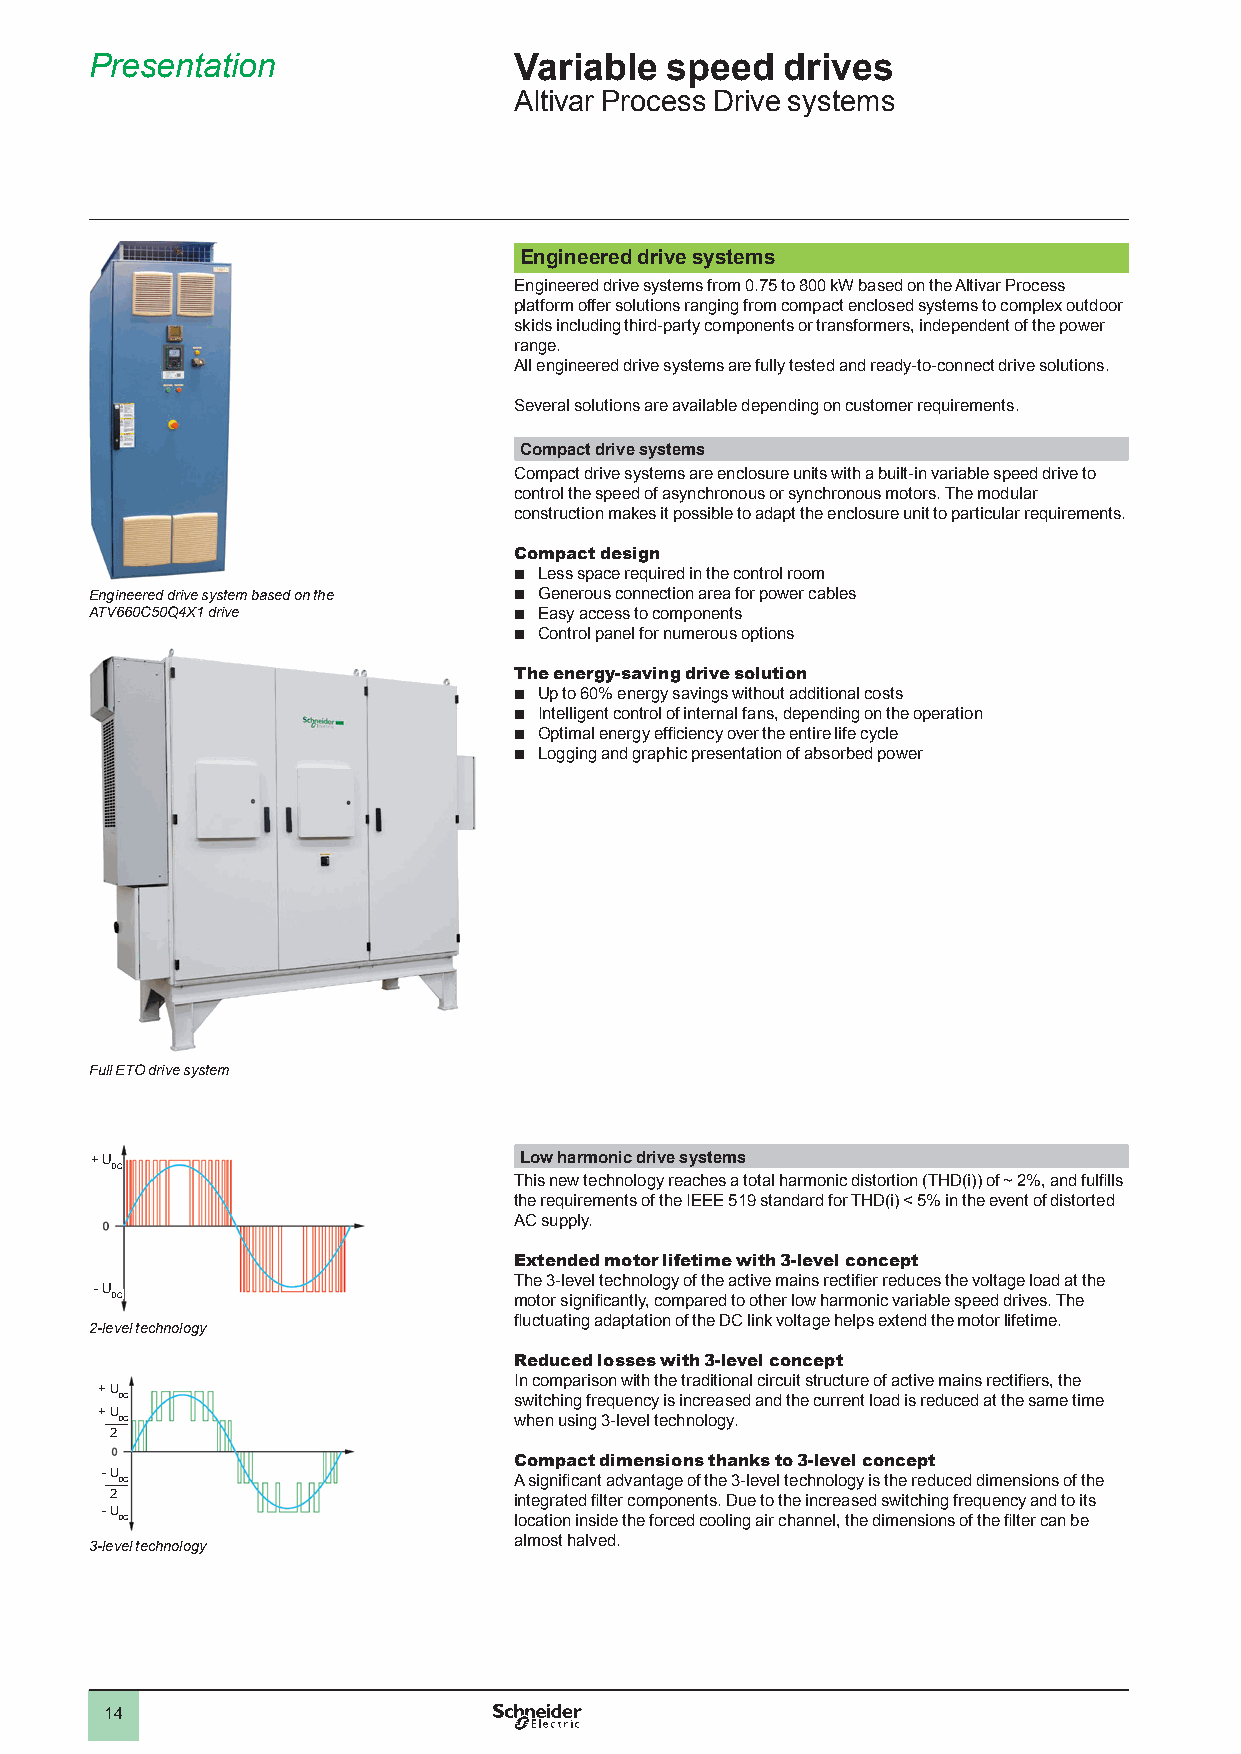
Presentation                Variable  speed   drives
 Altivar Process Drive systems
 Engineered drive systems
 Engineered drive systems from 0.75 to 800 kW based on the Altivar Process
 platform offer solutions ranging from compact enclosed systems to complex outdoor
 skids including third-party components or transformers, independent of the power
 range.
 All engineered drive systems are fully tested and ready-to-connect drive solutions.
 Several solutions are available depending on customer requirements.
 Compact drive systems
 Compact drive systems are enclosure units with a built-in variable speed drive to
 control the speed of asynchronous or synchronous motors. The modular
 construction makes it possible to adapt the enclosure unit to particular requirements.
 Compact design
 b Less space required in the control room
 Engineered drive system based on the b Generous connection area for power cables
 ATV660C50Q4X1 drive         b Easy access to components
 b Control panel for numerous options
 The energy-saving drive solution
 b Up to 60% energy savings without additional costs
 b Intelligent control of internal fans, depending on the operation
 b Optimal energy efficiency over the entire life cycle
 b Logging and graphic presentation of absorbed power
 Full ETO drive system
 + U                         Low harmonic drive systems
 DC
 This new technology reaches a total harmonic distortion (THD(i)) of ~ 2%, and fulfills
 the requirements of the IEEE 519 standard for THD(i) < 5% in the event of distorted
 AC supply.
 Extended motor lifetime with 3-level concept
 The 3-level technology of the active mains rectifier reduces the voltage load at the
 - U
 DC                         motor significantly, compared to other low harmonic variable speed drives. The
 fluctuating adaptation of the DC link voltage helps extend the motor lifetime.
 2-level technology
 Reduced losses with 3-level concept
 In comparison with the traditional circuit structure of active mains rectifiers, the
 + U
 DC                        switching frequency is increased and the current load is reduced at the same time
 + U
 DC                        when using 3-level technology.
 2
 Compact dimensions thanks to 3-level concept
 - U
 DC                        A significant advantage of the 3-level technology is the reduced dimensions of the
 2                          integrated filter components. Due to the increased switching frequency and to its
 - U
 DC                        location inside the forced cooling air channel, the dimensions of the filter can be
 almost halved.
 3-level technology
 14